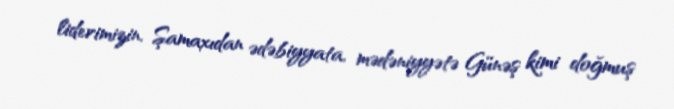
liderimizin, Şamaxıdan ədəbiyyata, mədəniyyətə Günəş kimi doğmuş